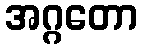
အဂ္ဂတော